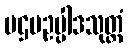
ပဌမဥပ္ပါဒသုတ္တံ